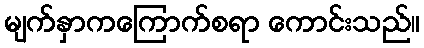
မျက်နှာကကြောက်စရာ ကောင်းသည်။